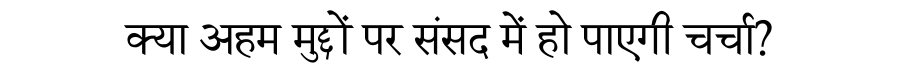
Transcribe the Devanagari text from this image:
क्या अहम मुद्दों पर संसद में हो पाएगी चर्चा?